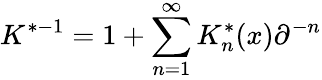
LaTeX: K^{*-1}=1+\sum_{n=1}^{\infty}K_{n}^{*}(x)\partial^{-n}